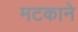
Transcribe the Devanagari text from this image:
मटकाने